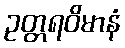
ဥတ္တရဝိမာနံ